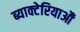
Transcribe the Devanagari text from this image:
ब्याक्टेरियाऔं